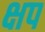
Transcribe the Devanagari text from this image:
क्षप